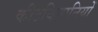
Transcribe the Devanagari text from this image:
कीटविज्ञानियों